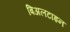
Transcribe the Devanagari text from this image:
बिअलटाइन